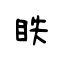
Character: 眣